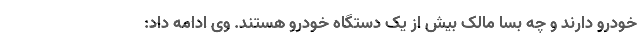
خودرو دارند و چه بسا مالک بیش از یک دستگاه خودرو هستند. وی ادامه داد: